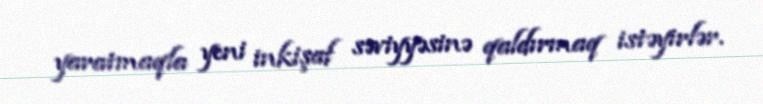
yaratmaqla yeni inkişaf səviyyəsinə qaldırmaq istəyirlər.